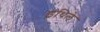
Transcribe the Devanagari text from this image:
इथिले